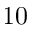
1 0